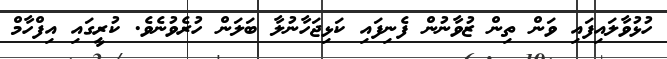
ހުޅުވާލައިފައި ވަން ތިން ޒުވާނުން ފެނިފައި ކަޅިޖަހާނުލާ ބަލަން ހުރެވުނެވެ. ކުރީގައި އިފްހާމް